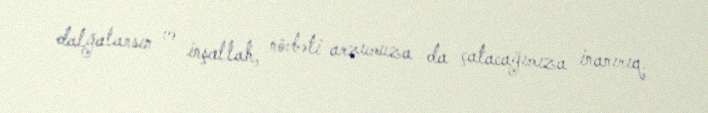
dalğalansın və inşallah, növbəti arzumuza da çatacağımıza inanırıq.